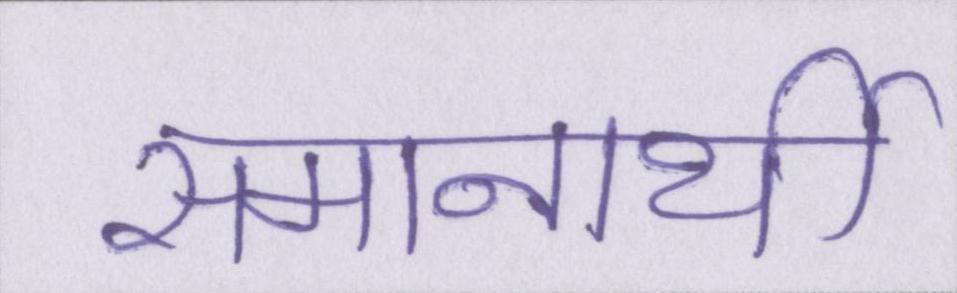
समानार्थी